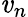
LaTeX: \mathit{v}_{n}